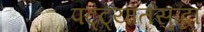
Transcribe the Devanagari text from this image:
पट्ट्यातसुद्धा